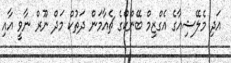
އަދި މެލޭޝިއާގެ އެގްޒިމް ބޭންކްގެ ޗެއާމަން ދަތުކް މަދް ނޫރް ނާވީ އާއި